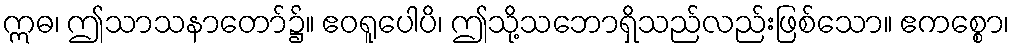
ဣဓ၊ ဤသာသနာတော်၌။ ဧဝရူပေါပိ၊ ဤသို့သဘောရှိသည်လည်းဖြစ်သော။ ဧကစ္စော၊